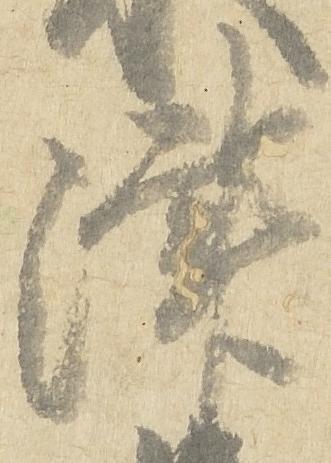
津